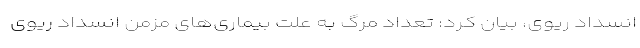
انسداد ریوی، بیان کرد: تعداد مرگ به علت بیماری‌های مزمن انسداد ریوی